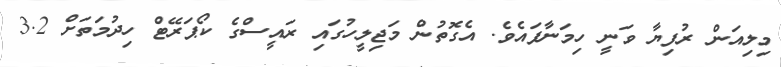
މިލިއަން ރުފިޔާ ވަނީ ހިމަނާފައެވެ. އެގޮތުން މަޖިލީހުގައި ރައީސްގެ ކޯޕަރޭޓް ހިދުމަތަށް 3.2